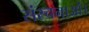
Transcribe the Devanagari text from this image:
संरचनाओं।